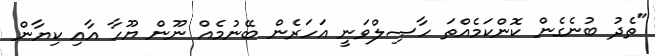
"ތެދު ބުނެގެން ކޮންކަމެއްތަ ހާޞިލްވަނީ އަހަރެން ބޭނުމެއް ނޫން ޔޫހާ އާއި ކިޔާން